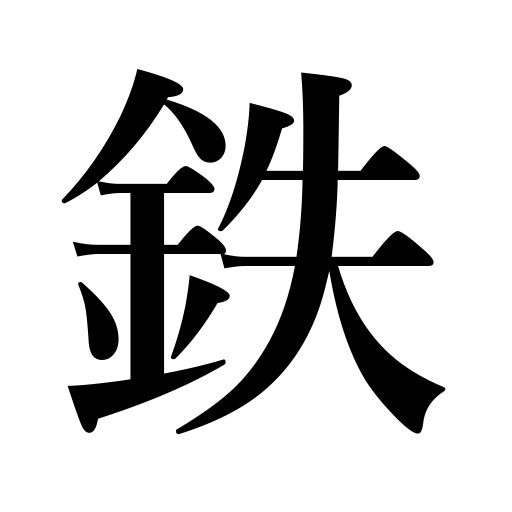
Meanings: iron blue,steel,reddish black,iron